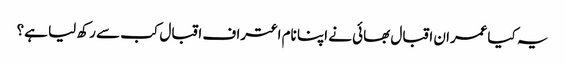
یہ کیاعمران اقبال بھائی نے اپنا نام اعتراف اقبال کب سے رکھ لیا ہے؟